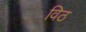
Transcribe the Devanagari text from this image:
विठ